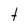
Character: t